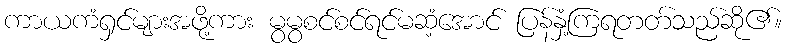
ကာယကံရှင်များအဖို့ကား မွမွစင်စင်ရင်မဆံ့အောင် ပြန်နှံ့ကြရတတ်သည်ဆို၏။